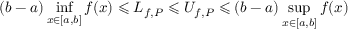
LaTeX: ( b - a ) \operatorname* { i n f } _ { x \in [ a , b ] } f ( x ) \leqslant L _ { f , P } \leqslant U _ { f , P } \leqslant ( b - a ) \operatorname* { s u p } _ { x \in [ a , b ] } f ( x )